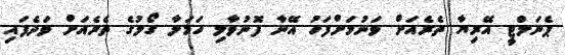
ޕެނަލްޓީ އޭރިޔާ ތެރެއަށް ވަނުމަށްފަހު އޭނާ ފޮނުވާލި ހަމަލާ ގޯލުގެ ތެރެއަށް ވަދެފައި